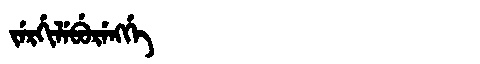
Manchu: ᠵᡝᡵᡤᡳᠯᡝᠪᡠᡵᡝᠩᡤᡝ
Romanization: JERGILEBURENGGE